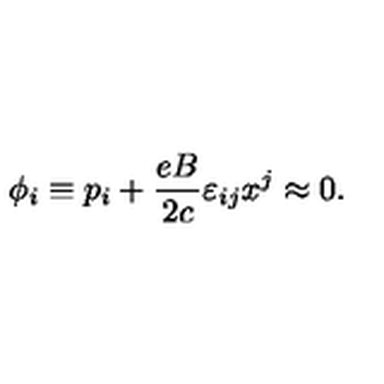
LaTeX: \phi _ { i } \equiv p _ { i } + \frac { e B } { 2 c } \varepsilon _ { i j } x ^ { j } \approx 0 .